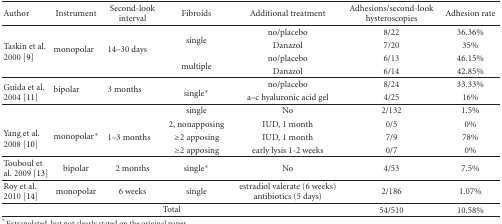
| Author | Instrument | Second-look interval | Fibroids | Additional treatment | Adhesions/second-look hysteroscopies | Adhesion rate |
 | --- | --- | --- | --- | --- | --- | --- |
 | <ROWSPAN=4> Taskin et al. 2000 [9] | <ROWSPAN=4> monopolar | <ROWSPAN=4> 14–30 days | <ROWSPAN=2> single | no/placebo | 8/22 | 36.36% |
 | Danazol | 7/20 | 35% |
 | <ROWSPAN=2> multiple | no/placebo | 6/13 | 46.15% |
 | Danazol | 6/14 | 42.85% |
 | <ROWSPAN=2> Guida et al. 2004 [11] | <ROWSPAN=2> bipolar | <ROWSPAN=2> 3 months | <ROWSPAN=2> single* | no/placebo | 8/24 | 33.33% |
 | a–c hyaluronic acid gel | 4/25 | 16% |
 | <ROWSPAN=4> Yang et al. 2008 [10] | <ROWSPAN=4> monopolar* | <ROWSPAN=4> 1–3 months | single | No | 2/132 | 1.5% |
 | 2, nonapposing | IUD, 1 month | 0/5 | 0% |
 | ≥2 apposing | IUD, 1 month | 7/9 | 78% |
 | ≥2 apposing | early lysis 1-2 weeks | 0/7 | 0% |
 | Touboul et al. 2009 [13] | bipolar | 2 months | single* | No | 4/53 | 7.5% |
 | Roy et al. 2010 [14] | monopolar | 6 weeks | single | estradiol valerate (6 weeks) antibiotics (5 days) | 2/186 | 1.07% |
 | <COLSPAN=5> Total | 54/510 | 10.58% |